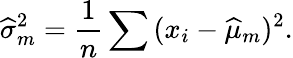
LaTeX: {\widehat{\sigma}}_{m}^{2}={\frac{1}{n}}\sum{(x_{i}-{\widehat{\mu}}_{m})^{2}}.